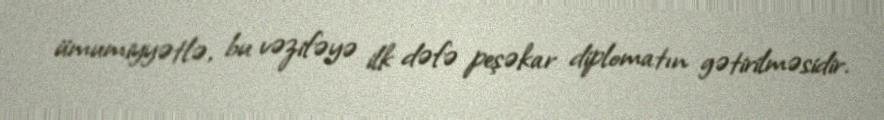
ümumiyyətlə, bu vəzifəyə ilk dəfə peşəkar diplomatın gətirilməsidir.